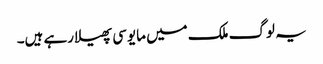
یہ لوگ ملک میں مایوسی پھیلا رہے ہیں۔